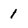
Character: 1